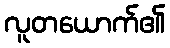
လူတယောက်၏